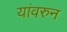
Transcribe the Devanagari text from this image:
यांवरुन